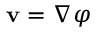
\mathbf { v } = \nabla \varphi